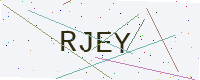
Text: RJEY